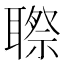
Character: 䏅